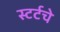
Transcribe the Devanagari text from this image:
स्टर्टचे